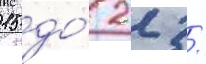
15 до́ 22 /